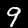
Digit: 9